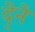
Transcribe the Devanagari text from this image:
दे्ने